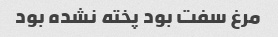
مرغ سفت بود پخته نشده بود